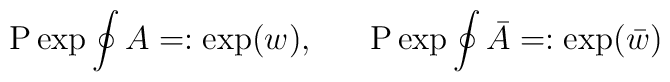
\mbox{P} \exp \oint A =:\exp(w), \ \ \ \ \ \mbox{P} \exp \oint\bar A =:\exp(\bar w)